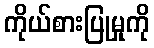
ကိုယ်စားပြုမှုကို